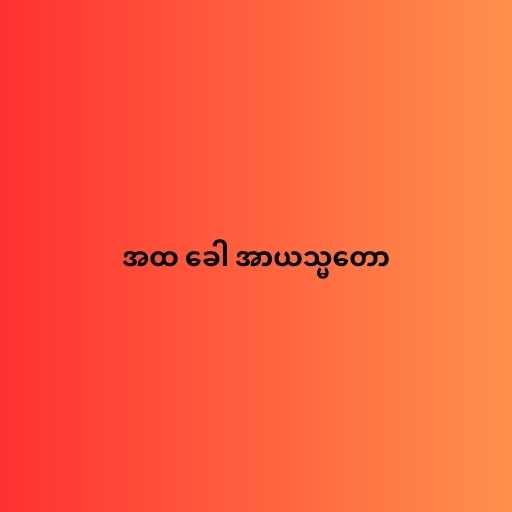
အထ ခေါ အာယသ္မတော